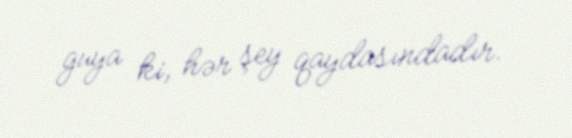
guya ki, hər şey qaydasındadır.